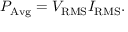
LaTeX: P _ { \mathrm { A v g } } = V _ { \mathrm { R M S } } I _ { \mathrm { R M S } } .